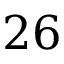
2 6